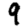
Digit: 9